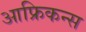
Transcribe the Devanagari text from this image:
आफ्रिकन्स